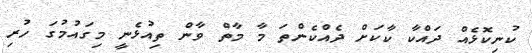
ކުނިކޮޅެއް ދައްކާ ކާކަށް ދެއްކެންތަ މާ މާތް ވާން ތިއުޅެނީ މިގައުމުގަ ހުރި